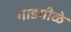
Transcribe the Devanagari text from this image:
गाडगीळे